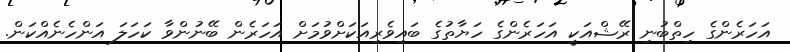
އަހަރެންގެ ހިތްބުނި ރޭޝްއަކީ އަހަރެންގެ ހަޔާތުގެ ބައިވެރިއަކަށްވުމަށް އަހަރެން ބޭނުންވާ ކަހަލަ އަންހެނެއްކަން.